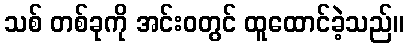
သစ် တစ်ခုကို အင်းဝတွင် ထူထောင်ခဲ့သည်။